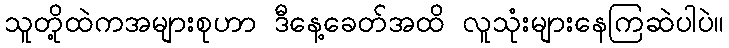
သူတို့ထဲကအများစုဟာ ဒီနေ့ခေတ်အထိ လူသုံးများနေကြဆဲပါပဲ။